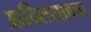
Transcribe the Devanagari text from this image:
आदिलशाहचा